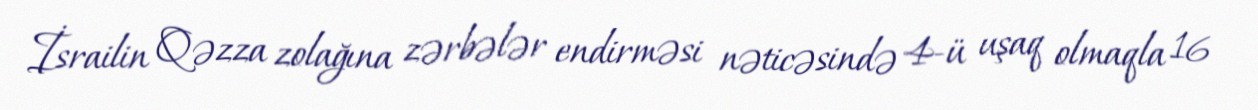
İsrailin Qəzza zolağına zərbələr endirməsi nəticəsində 4-ü uşaq olmaqla 16